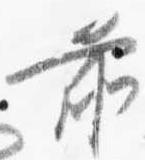
前